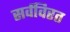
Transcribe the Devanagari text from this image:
सर्वविरत